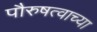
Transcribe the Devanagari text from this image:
पौरुषत्वाच्या